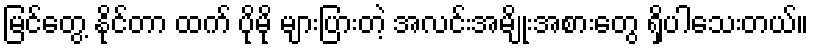
မြင်တွေ့ နိုင်တာ ထက် ပိုမို များပြားတဲ့ အလင်းအမျိုးအစားတွေ ရှိပါသေးတယ်။